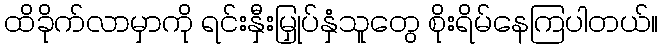
ထိခိုက်လာမှာကို ရင်းနှီးမြှုပ်နှံသူတွေ စိုးရိမ်နေကြပါတယ်။